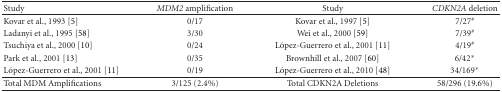
| Study | MDM2 amplification | Study | CDKN2A deletion |
 | --- | --- | --- | --- |
 | Kovar et al., 1993 [5] | 0/17 | Kovar et al., 1997 [5] | 7/27# |
 | Ladanyi et al., 1995 [58] | 3/30 | Wei et al., 2000 [59] | 7/39# |
 | Tsuchiya et al., 2000 [10] | 0/24 | López-Guerrero et al., 2001 [11] | 4/19# |
 | Park et al., 2001 [13] | 0/35 | Brownhill et al., 2007 [60] | 6/42* |
 | López-Guerrero et al., 2001 [11] | 0/19 | López-Guerrero et al., 2010 [48] | 34/169* |
 | Total MDM Amplifications | 3/125 (2.4%) | Total CDKN2A Deletions | 58/296 (19.6%) |